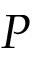
P